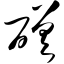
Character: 磋